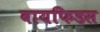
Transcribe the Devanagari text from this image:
बायफिडस